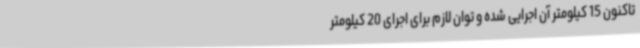
تاکنون 15 کیلومتر آن اجرایی شده و توان لازم برای اجرای 20 کیلومتر